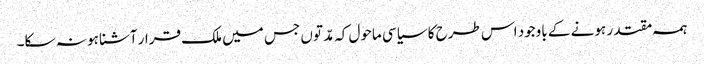
ہمہ مقتدر ہونے کے باوجود اس طرح کا سیاسی ماحول کہ مدّتوں جس میں ملک قرار آشنا ہو نہ سکا۔